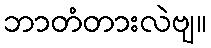
ဘာတံတားလဲဗျ။